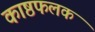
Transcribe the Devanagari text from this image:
काष्ठफलक